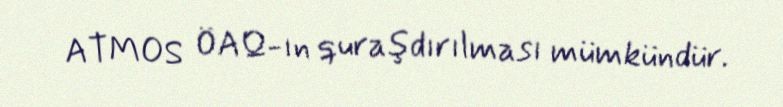
ATMOS ÖAQ-ın quraşdırılması mümkündür.